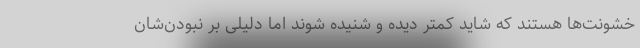
خشونت‌ها هستند که شاید کمتر دیده و شنیده شوند اما دلیلی بر نبودن‌شان